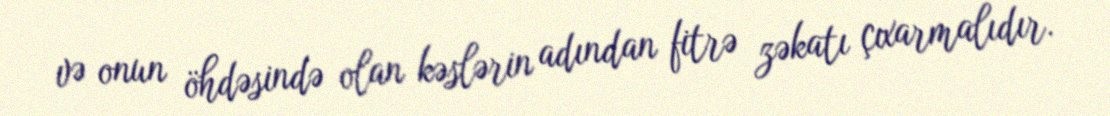
və onun öhdəsində olan kəslərin adından fitrə zəkatı çıxarmalıdır.